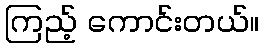
ကြည့် ကောင်းတယ်။